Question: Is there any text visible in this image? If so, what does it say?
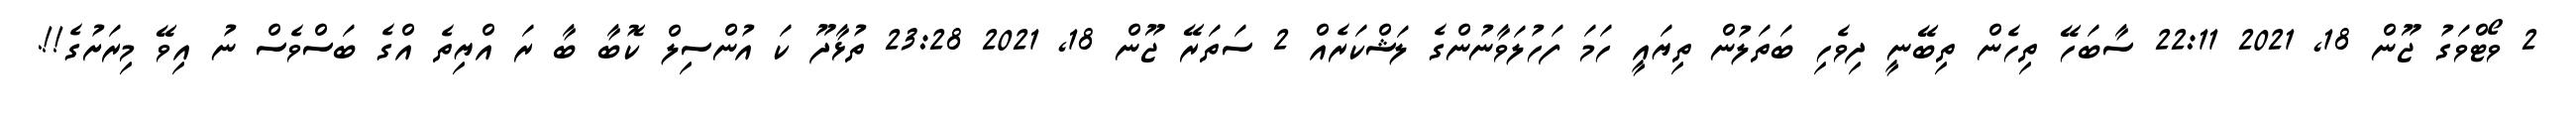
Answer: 2 ވޯޓްވަގު ޖޫން 18, 2021 22:11 ސާބަހޭ ތިހެން ތިބޭނީ ދިވެހި ބަތަލުން ތިޔައީ ހަމަ ފަހުލަވާނުންގެ ލަޝްކަރެއް 2 ސަތަރޭ ޖޫން 18, 2021 23:28 ތުޅާދޫ ކަ އުންސިލް ކޮބާ ބާ ރަ އްޔިތެ އްގެ ބަސްވެސް ނު އިވޭ މިރަށުގެ!!.